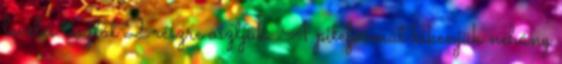
leveles tésztát 2 részre osztjuk. A piteformát kikenjük néhány